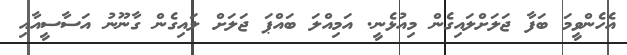
އެހެންވީމަ ބަފާ ޖަލަށްލައިގެން މިއުޅެނީ. އަމިއްލަ ބައްޕަ ޖަލަށް ލައިގެން ގާނޫނު އަސާސީއާއި